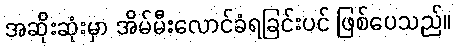
အဆိုးဆုံးမှာ အိမ်မီးလောင်ခံရခြင်းပင် ဖြစ်ပေသည်။